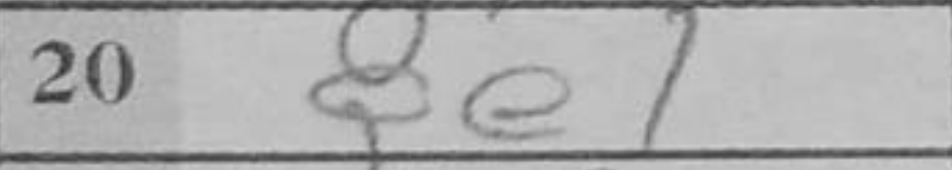
Transcription: Qe1